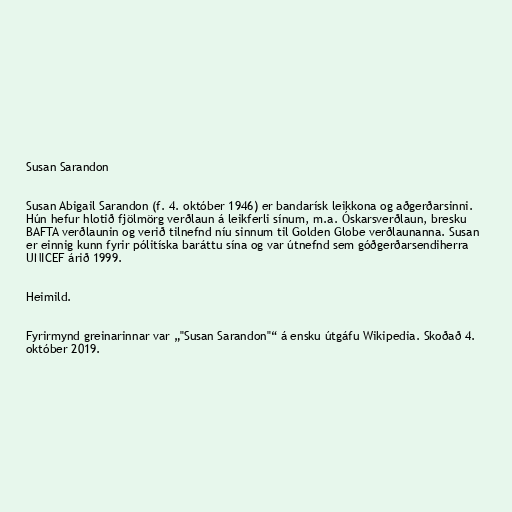
Susan Sarandon

Susan Abigail Sarandon (f. 4. október 1946) er bandarísk leikkona og aðgerðarsinni.
Hún hefur hlotið fjölmörg verðlaun á leikferli sínum, m.a. Óskarsverðlaun, bresku
BAFTA verðlaunin og verið tilnefnd níu sinnum til Golden Globe verðlaunanna. Susan
er einnig kunn fyrir pólitíska baráttu sína og var útnefnd sem góðgerðarsendiherra
UNICEF árið 1999.

Heimild.

Fyrirmynd greinarinnar var „"Susan Sarandon"“ á ensku útgáfu Wikipedia. Skoðað 4.
október 2019.